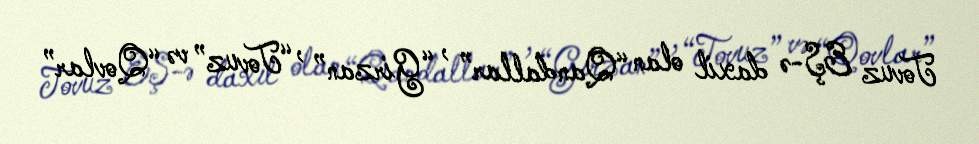
Tovuz EŞ-ə daxil olan “Qandallar” , “Girzan” , “Tovuz” və “Qovlar”